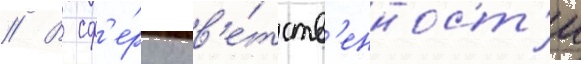
// В сф'е́ру отв'е́тств'енност'и